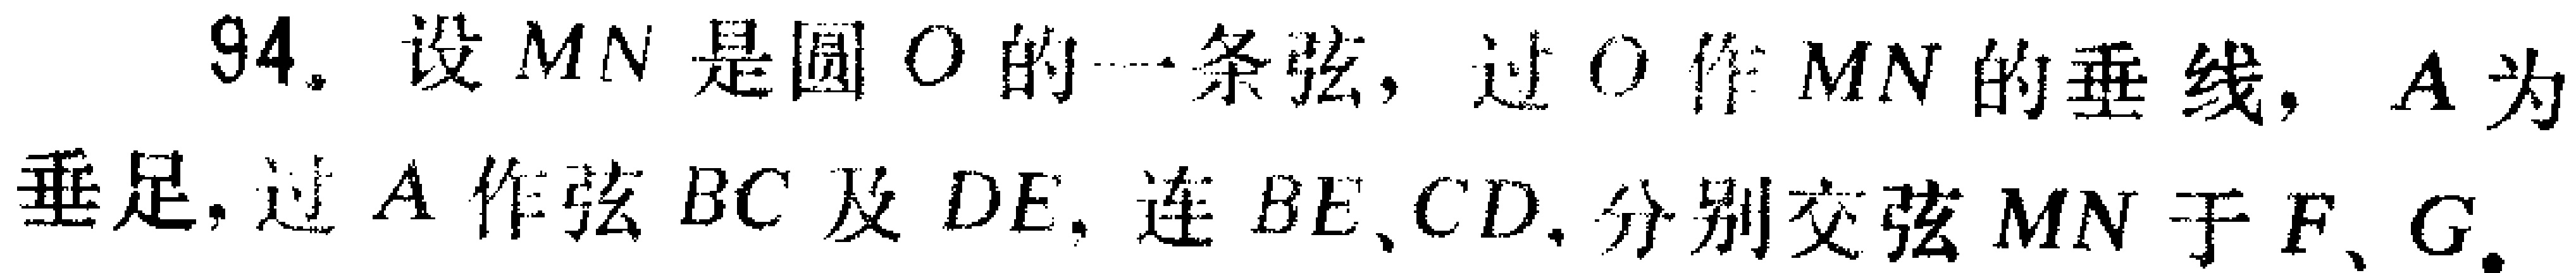
94. 设$MN$是圆$O$的一条弦，过$O$作$MN$的垂线，$A$为垂足，过$A$作弦$BC$及$DE$，连$BE$、$CD$，分别交弦$MN$于$F$、$G$。